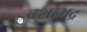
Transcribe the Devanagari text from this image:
वशोभद्र